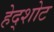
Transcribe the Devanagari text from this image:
हेद्शोट